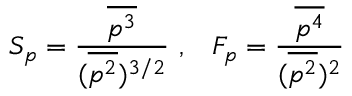
S _ { p } = \frac { \overline { { p ^ { 3 } } } } { ( \overline { { p ^ { 2 } } } ) ^ { 3 / 2 } } \, \, , \, \, \, \, \, F _ { p } = \frac { \overline { { p ^ { 4 } } } } { ( \overline { { p ^ { 2 } } } ) ^ { 2 } }